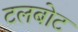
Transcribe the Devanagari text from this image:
टलबोट